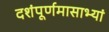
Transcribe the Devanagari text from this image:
दशंपूर्णमासाभ्यां